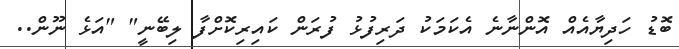
ބޮޑު ހަދިޔާއެއް އޮންނާނެ އެކަމަކު ދަރިފުޅު ފުރަން ކައިރިކޮށްފާ ލިބޭނީ" "އަޅެ ނޫން..